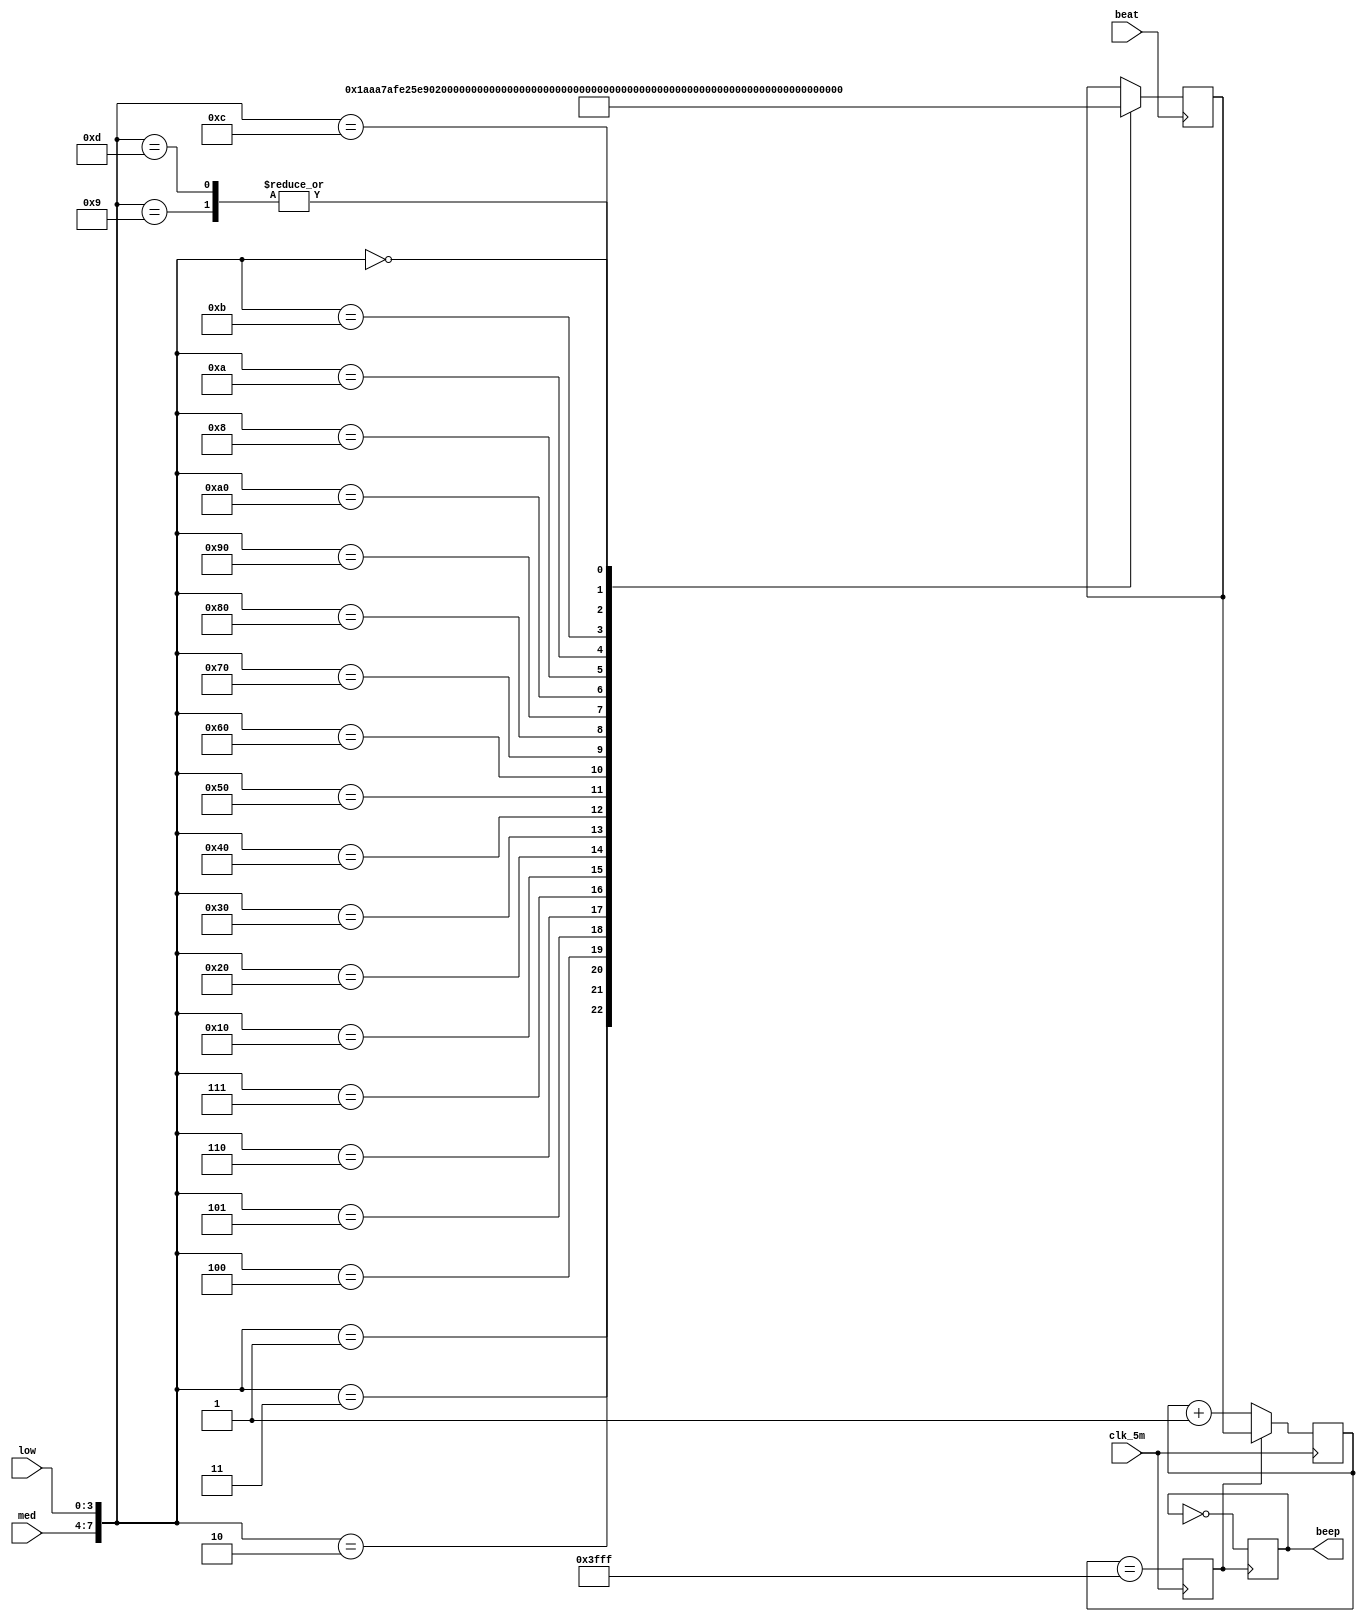
`timescale 1ns / 1ps
module beep_ma(           //
    input beat,
    input clk_5m,
    output reg beep,  //
    input [3:0] med,
    input [3:0] low
    );

reg carrier;
reg [13:0] div;
reg [13:0] org;

always@(posedge clk_5m)
begin
    carrier <= (div == 16383);
    if(carrier)
	     div <= org;
	 else
	     div <= div + 1;
end

always@(posedge carrier)   //
begin 
	 beep <= ~beep;
end

always@(posedge beat)
begin
    case({med,low})
	 
	 'b0000_0001:org <= 6826;     //1
	 'b0000_0010:org <= 7871;     //2
	 'b0000_0011:org <= 8798;     //3
	 'b0000_0100:org <= 9224;     //4
	 'b0000_0101:org <= 10005;    //5
	 'b0000_0110:org <= 10701;    //6
	 'b0000_0111:org <= 11321;    //7
	 'b0001_0000:org <= 11606;    //1
	 'b0010_0000:org <= 12126;    //2
	 'b0011_0000:org <= 12591;    //3
	 'b0100_0000:org <= 12804;    //4
	 'b0101_0000:org <= 13194;    //5
	 'b0110_0000:org <= 13542;    //6
	 'b0111_0000:org <= 13852;    //7
	 'b1000_0000:org <= 13994;    //1
	 'b1001_0000:org <= 14255;    //2
	 'b1010_0000:org <= 14487;    //3
	 
	 'b0000_1000:org <= 10363;    //6b
	 'b0000_1001:org <= 11873;    //2b
	 'b0000_1010:org <= 12365;    //2#
	 'b0000_1011:org <= 13005;    //5b
	 'b0000_1100:org <= 13373;    //5#
	 'b0000_1101:org <= 11873;    //6#
	 
	 'b0000_0000:org <= 16383;    //
	 endcase
end

endmodule